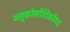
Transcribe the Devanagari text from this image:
ग्लुकोकौर्टिकॉयड